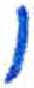
אות: ו